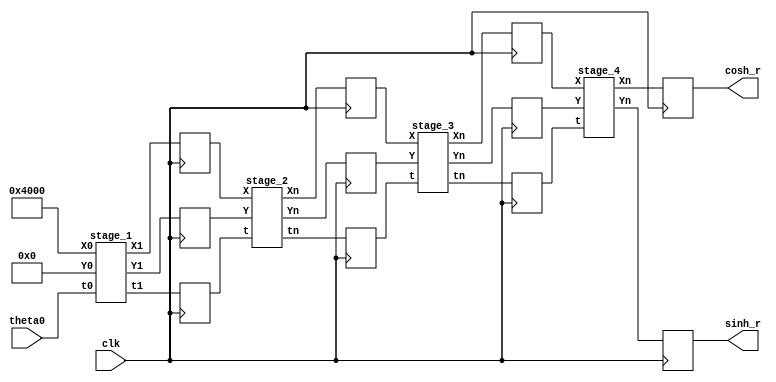
`timescale 1ns / 1ps
//////////////////////////////////////////////////////////////////////////////////
// Company: 
// Engineer: 
// 
// Design Name: 
// Module Name: flow
// Project Name: 
// Target Devices: 
// Tool Versions: 
// Description: 
// 
// Dependencies: 
// 
// Revision:
// Revision 0.01 - File Created
// Additional Comments:
// 
//////////////////////////////////////////////////////////////////////////////////


module flow(
    input clk,
    //input [15:0] X0,
    //input [15:0] Y0,
    input [15:0] theta0,
    output reg [15:0] cosh_r,
    output reg [15:0] sinh_r
    );
    
    integer a;
   
    wire [15:0] X0,Y0;
    assign Y0 = a[31:16];
    assign X0 = a[16:0];
    
    wire [15:0] X1, Y1, X2, Y2, X3, Y3;
	wire [15:0] theta1, theta2, theta3;
	wire [15:0] cosh,sinh;
	
	
	reg [15:0] X1_r, Y1_r, X2_r, Y2_r, X3_r, Y3_r;
	reg [15:0] theta1_r, theta2_r, theta3_r;
	
	//wire [15:0]t_abs;
	//wire s_bit;
	
	//abs1 inst(theta0,t_abs, s_bit);
	
	stage_1 s1(X0, Y0, theta0, X1, Y1, theta1);
	
	stage_2 s2(X1_r, Y1_r, theta1_r, X2, Y2, theta2);

	stage_3 s3(X2_r, Y2_r, theta2_r, X3, Y3, theta3);
	
	stage_4 s4(X3_r, Y3_r, theta3_r, cosh, sinh);


    initial a = 16384;
	
	always@(posedge clk)
	begin
	   
	   theta1_r <= theta1;
	   theta2_r <= theta2;
	   theta3_r <= theta3;
	   
	   
	   X1_r <= X1;
       X2_r <= X2;
       X3_r <= X3;
        	
       Y1_r <= Y1;
       Y2_r <= Y2;
       Y3_r <= Y3;
       
       cosh_r <= cosh;
       sinh_r <= sinh;
	
	end
	
	
    
endmodule





//stage 1

module stage_1(
	input [15:0] X0, Y0, t0,
	output reg [15:0] X1, Y1, t1);

	wire [15:0] t_abs;
	wire s_bit;
	
	wire [15:0] xs, xc, ys, yc;
	
	
	(*DONT_TOUCH = "YES"*) abs1 inst1 (t0, t_abs, s_bit);
	(*DONT_TOUCH = "YES"*) shift_1 inst2  (X0,Y0,xc,ys);
	(*DONT_TOUCH = "YES"*) shift_1 inst3 (Y0,X0,yc,xs);
	
	
	//wire [15:0] xs_c,ys_c;
	//two_c inst_c1(xs,ys,xs_c,ys_c);
	
	
	
	always@(*)begin
		if(t_abs <=16'b0001000000000000)
		begin
			X1 = X0;
			Y1 = Y0;
			t1 = t0;	
		end
		else
		begin
		     X1 = (s_bit) ? xc-ys : xc+ys ;
		     //X1 = xc+ys;
		     Y1 = (s_bit) ? yc-xs : yc+xs ;
		     t1 = (s_bit) ? t0 +16'b0010000000000000 : t0 - 16'b0010000000000000 ;
		end
		
		
		
	end

endmodule



// stage 2

module stage_2(
	input [15:0]X,Y,t,
	output reg [15:0] Xn, Yn, tn);
	
	wire [15:0] t_abs;
	wire s_bit;
	
	(*DONT_TOUCH = "YES"*) abs1 inst4(t,t_abs,s_bit);
	
	wire [15:0] xc,ys, yc, xs;
	
	(*DONT_TOUCH = "YES"*) shift_2 inst5(X,Y,t_abs,xc,ys);
	(*DONT_TOUCH = "YES"*) shift_2 inst6(Y,X,t_abs,yc,xs);
	
	
	//wire [15:0] xs_c,ys_c;
	//two_c inst_c2(xs,ys,xs_c,ys_c);
	
	
	always@(*)begin
		if(t_abs <= 16'b0000010000000000)
		begin
			Xn = X;
			Yn = Y;
			tn = t;
			
		end
		else
		begin
		
			Xn = (s_bit)? (xc-ys) : (xc+ys) ;
			//Xn = xc + ys;
			Yn = (s_bit)? (yc-xs) : (yc+xs) ;
			
			if (t_abs > 16'b0000110000000000)
			begin
				tn = (s_bit) ? (t+16'b0001000000000000) : (t-16'b0001000000000000) ;
			end
			else
			begin
				tn = (s_bit) ? (t+16'b0000100000000000) : (t-16'b0000100000000000) ;
			end
			
		end
	end
	
	
endmodule

// stage 3

module stage_3(
	input [15:0]X,Y,t,
	output reg [15:0] Xn, Yn, tn);
	
	wire [15:0] t_abs;
	wire s_bit;
	
	(*DONT_TOUCH = "YES"*) abs1 inst7(t,t_abs,s_bit);
	
	wire [15:0] xc,ys, yc, xs;
	
	(*DONT_TOUCH = "YES"*) shift_3 inst8(X,Y,t_abs,xc,ys);
	(*DONT_TOUCH = "YES"*) shift_3 inst9(Y,X,t_abs,yc,xs);
	
	//wire [15:0] xs_c,ys_c;
	//two_c inst_c3(xs,ys,xs_c,ys_c);
	
	
	always@(*)begin
		if(t_abs <= 16'b0000000100000000)
		begin
			Xn = X;
			Yn = Y;
			tn = t;
			
		end
		else
		begin
		
			Xn = (s_bit)? (xc-ys) : (xc+ys) ;
			//Xn = xc+ys;
			Yn = (s_bit)? (yc-xs) : (yc+xs) ;
			
			if (t_abs > 16'b0000001100000000)
			begin
				tn = (s_bit) ? (t+16'b0000010000000000) : (t-16'b0000010000000000) ;
			end
			else
			begin
				tn = (s_bit) ? (t+16'b0000001000000000) : (t-16'b0000001000000000) ;
			end
			
		end
	end
	
	
endmodule


//// stage 4

// stage 4




module stage_4(
	input [15:0] X,Y,t,
	output [15:0] Xn, Yn);
	
	wire [15:0] t_abs;
	wire s_bit;
	
	wire [3:0] kc;
	
	(*DONT_TOUCH = "YES"*)abs1 inst10(t,t_abs,s_bit);
	
	//assign kc = 4'b0001;   
	//assign ks = 4'b0001;
	
	wire [15:0] X_sh, Y_sh;
	
	assign X_sh = (X>>7);
	assign Y_sh = (Y>>7);
	
	assign Xn = (s_bit) ? (X + (X>>13) -Y_sh) : (X + (X>>13) +Y_sh) ; 
	assign Yn = (s_bit) ? (Y + (Y>>13) -X_sh) : (Y + (Y>>13) +X_sh) ; //Yn_t
	
endmodule


// shift 1

module shift_1 (
	input [15:0] x,y,
	output [15:0] xs, ys);
	
	//sinh shift
	
	//wire [15:0] ws1, ws2, ws3;
	
	//assign ws1 = (y>>2) + y;
	//assign ws2 = (y>>6) + (ws1>>4) + ws1;
	//assign ws3 = (ws2>>5) + y;
	//assign ys = (ws3>>1); //(rsinh(2^-1))

	assign ys = (y>>1) + (y>>6) + (y>>8) + (y>>10) + (y>>11);
	
	
	
	//cosh shift
	
	//wire [15:0] wc1, wc2, wc3;
	
	//assign wc1 = (x>>3) + x;
	//assign wc2 = (x>>2) + x;   
	//assign wc3 = (wc2>>2) + x;
	//assign xs = (wc3>>9) + wc1; //(rcosh(2^-1))
   
   	assign xs = (x) + (x>>3) + (x>>9) + (x>>11) + (x>>13) + (x>>15);
	
endmodule

// shift 2

module shift_2(
	input [15:0] x,y,
	input [15:0] t_abs,
	output [15:0] sx,sy);
	
	
	//cosh shift
	//wire [15:0] wc1, wc2, wc3, wc4;
	
	//assign wc1 = (x>>8) + x;
	//assign wc2 = (wc1>>5);
	//assign wc3 = (x>>7);
	
	//assign wc4 = (t_abs  > 16'b0000110000000000) ? wc2 : wc3 ;
	//assign sx = wc4 + x;
	
	wire [15:0] sx_1, sx_2;
	
	assign sx_1 = (x) + (x>>5) + (x>>13) + (x>>15); 
	assign sx_2 = (x) + (x>>7);
	
	assign sx = (t_abs  > 16'b0000110000000000) ? sx_1 : sx_2;
	
	//sinh shift
	//wire [15:0] ws1, ws2,ws3, ws4;
	
	//assign ws1 = (y>>9) + y;
	//assign ws2 = (ws1>>3);
	
	//assign ws3 = (((y>>4) + y) >>7) + ws1;
	//assign ws4 = (ws3>>2);
	
	//assign sy = (t_abs  > 16'b0000110000000000) ? ws4 : ws2 ;
	
	wire [15:0] sy_1, sy_2;
	
	assign sy_1 = (y>>2) + (y>>9) + (y>>11) + (y>>13) + (y>>15);
	assign sy_2 = (y>>3) + (y>>12) + (y>>14);
	
	assign sy = (t_abs  > 16'b0000110000000000) ? sy_1 : sy_2;
	
endmodule

// shift 3

module shift_3(
	input[15:0]x,y,
	input [15:0] t_abs,
	output [15:0] sx,sy);

		
	//cosh
	//wire [15:0] wc1;
	
	//assign wc1 = (t_abs > 16'b0000001100000000)?(x>>9):(x>>11);
	//assign sx = wc1 + x;
	
	wire [15:0] sx_1, sx_2;
	
	assign sx_1 = (x) + (x>>9);
	assign sx_2 = (x) + (x>>11);
	
	assign sx = (t_abs  > 16'b0000001100000000) ? sx_1 : sx_2;
	
	//sinh
	
	//assign sy = (t_abs > 16'b0000001100000000)?(y>>4):(y>>5); 
	
	wire [15:0] sy_1, sy_2;
	
	assign sy_1 = (y>>4) + (y>>15);
	assign sy_2 = (y>>5);
	
	assign sy = (t_abs  > 16'b0000001100000000) ? sy_1 : sy_2;
	
endmodule

// absolute value

module abs1(
	input [15:0] theta,
	output [15:0] a_theta,
	output sign);
	

	
	wire [15:0] sign_16;
	wire [15:0] sign_1;
	assign sign = theta[15];

    //wire [14:0] sign_15;	
	//assign sign_15 = {15{theta[15]}};
	
	
	assign sign_16 = {16{theta[15]}};
	assign sign_1 = {15'b0 , theta[15]};
	
	assign a_theta = (theta^sign_16) + sign_1;
	
	
	
	//assign a_theta = {1'b0, (theta[14:0]^sign_15)} + sign_1 ;
	
endmodule



/*module two_c(
    input [15:0] inx,iny,
    output [15:0] outx,outy);
    
    assign outx = ~(inx) + 16'b0000000000000001;
    
    assign outy = ~(iny) + 16'b0000000000000001;

    
endmodule
*/